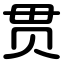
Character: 贯